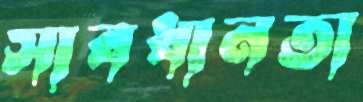
সাবধানতা